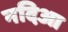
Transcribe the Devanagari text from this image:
नदिआ